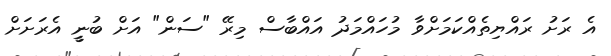
އެ ރަށު ރައްޔިތެއްކަމަށްވާ މުހައްމަދު އައްބާސް މިރޭ "ސަން" އަށް ބުނީީ އެރަށަށް